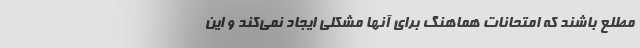
مطلع باشند که امتحانات هماهنگ برای آنها مشکلی ایجاد نمی‌کند و این